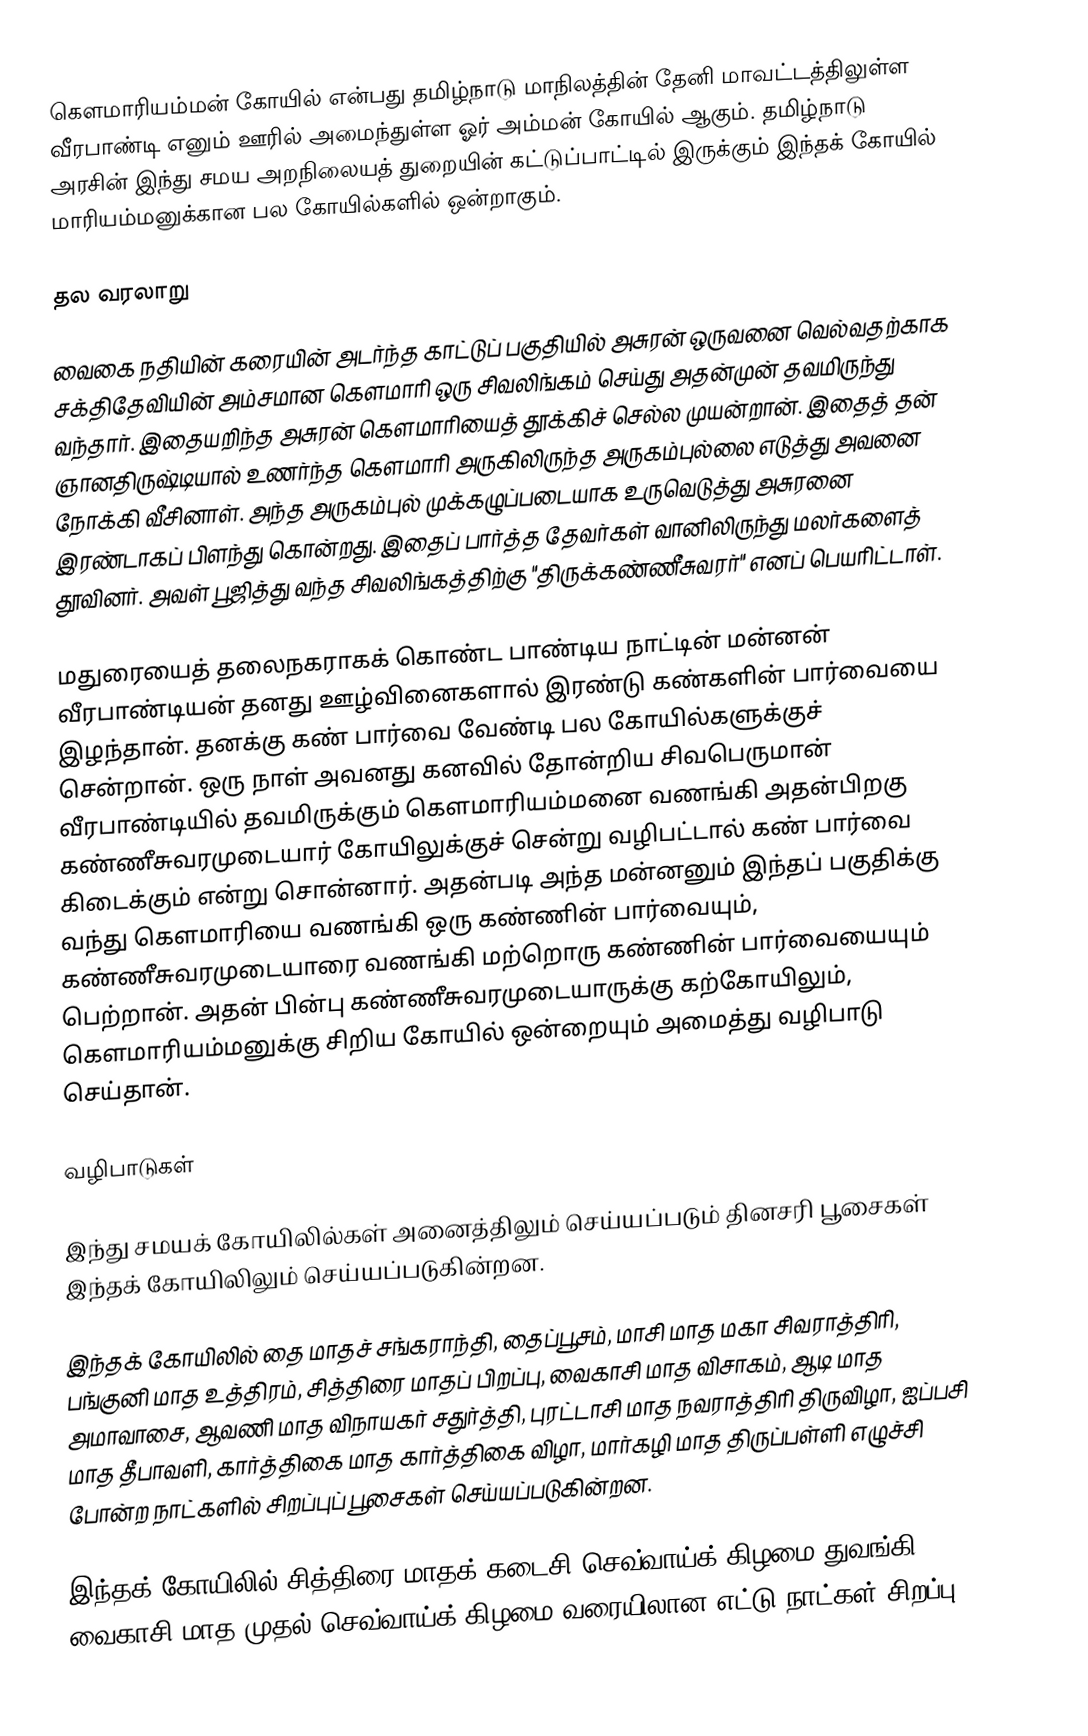
கௌமாரியம்மன் கோயில் என்பது தமிழ்நாடு மாநிலத்தின் தேனி மாவட்டத்திலுள்ள வீரபாண்டி எனும் ஊரில் அமைந்துள்ள ஓர் அம்மன் கோயில் ஆகும். தமிழ்நாடு அரசின் இந்து சமய அறநிலையத் துறையின் கட்டுப்பாட்டில் இருக்கும் இந்தக் கோயில் மாரியம்மனுக்கான பல கோயில்களில் ஒன்றாகும்.

தல வரலாறு

வைகை நதியின் கரையின் அடர்ந்த காட்டுப் பகுதியில் அசுரன் ஒருவனை வெல்வதற்காக சக்திதேவியின் அம்சமான கௌமாரி ஒரு சிவலிங்கம் செய்து அதன்முன் தவமிருந்து வந்தார். இதையறிந்த அசுரன் கௌமாரியைத் தூக்கிச் செல்ல முயன்றான். இதைத் தன் ஞானதிருஷ்டியால் உணர்ந்த கௌமாரி அருகிலிருந்த அருகம்புல்லை எடுத்து அவனை நோக்கி வீசினாள். அந்த அருகம்புல் முக்கழுப்படையாக உருவெடுத்து அசுரனை இரண்டாகப் பிளந்து கொன்றது. இதைப் பார்த்த தேவர்கள் வானிலிருந்து மலர்களைத் தூவினர். அவள் பூஜித்து வந்த சிவலிங்கத்திற்கு "திருக்கண்ணீசுவரர்" எனப் பெயரிட்டாள்.

மதுரையைத் தலைநகராகக் கொண்ட பாண்டிய நாட்டின் மன்னன் வீரபாண்டியன் தனது ஊழ்வினைகளால் இரண்டு கண்களின் பார்வையை இழந்தான். தனக்கு கண் பார்வை வேண்டி பல கோயில்களுக்குச் சென்றான். ஒரு நாள் அவனது கனவில் தோன்றிய சிவபெருமான் வீரபாண்டியில் தவமிருக்கும் கௌமாரியம்மனை வணங்கி அதன்பிறகு கண்ணீசுவரமுடையார் கோயிலுக்குச் சென்று வழிபட்டால் கண் பார்வை கிடைக்கும் என்று சொன்னார். அதன்படி அந்த மன்னனும் இந்தப் பகுதிக்கு வந்து கௌமாரியை வணங்கி ஒரு கண்ணின் பார்வையும், கண்ணீசுவரமுடையாரை வணங்கி மற்றொரு கண்ணின் பார்வையையும் பெற்றான். அதன் பின்பு கண்ணீசுவரமுடையாருக்கு கற்கோயிலும், கௌமாரியம்மனுக்கு சிறிய கோயில் ஒன்றையும் அமைத்து வழிபாடு செய்தான்.

வழிபாடுகள்

இந்து சமயக் கோயிலில்கள் அனைத்திலும் செய்யப்படும் தினசரி பூசைகள் இந்தக் கோயிலிலும் செய்யப்படுகின்றன.

இந்தக் கோயிலில் தை மாதச் சங்கராந்தி, தைப்பூசம், மாசி மாத மகா சிவராத்திரி, பங்குனி மாத உத்திரம், சித்திரை மாதப் பிறப்பு, வைகாசி மாத விசாகம், ஆடி மாத அமாவாசை, ஆவணி மாத விநாயகர் சதுர்த்தி, புரட்டாசி மாத நவராத்திரி திருவிழா, ஐப்பசி மாத தீபாவளி, கார்த்திகை மாத கார்த்திகை விழா, மார்கழி மாத திருப்பள்ளி எழுச்சி போன்ற நாட்களில் சிறப்புப் பூசைகள் செய்யப்படுகின்றன.

இந்தக் கோயிலில் சித்திரை மாதக் கடைசி செவ்வாய்க் கிழமை துவங்கி வைகாசி மாத முதல் செவ்வாய்க் கிழமை வரையிலான எட்டு நாட்கள் சிறப்பு